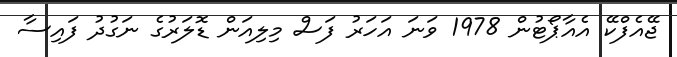
ޖޭއެފްކޭ އެއާޕޯޓުން 1978 ވަނަ އަހަރު ފަސް މިލިއަން ޑޮލަރުގެ ނަގުދު ފައިސާ